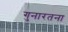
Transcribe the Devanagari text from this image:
गुनारतना